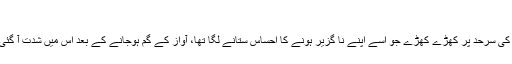
‘‘
موت کی سرحد پر کھڑے کھڑے جو اسے اپنے نا گزیر ہونے کا احساس ستانے لگا تھا، آواز کے گم ہوجانے کے بعد اس میں شدت آ گئی تھی۔